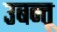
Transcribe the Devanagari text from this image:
उबन्तू